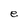
Character: e